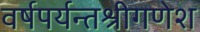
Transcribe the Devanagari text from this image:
वर्षपर्यन्तश्रीगणेश